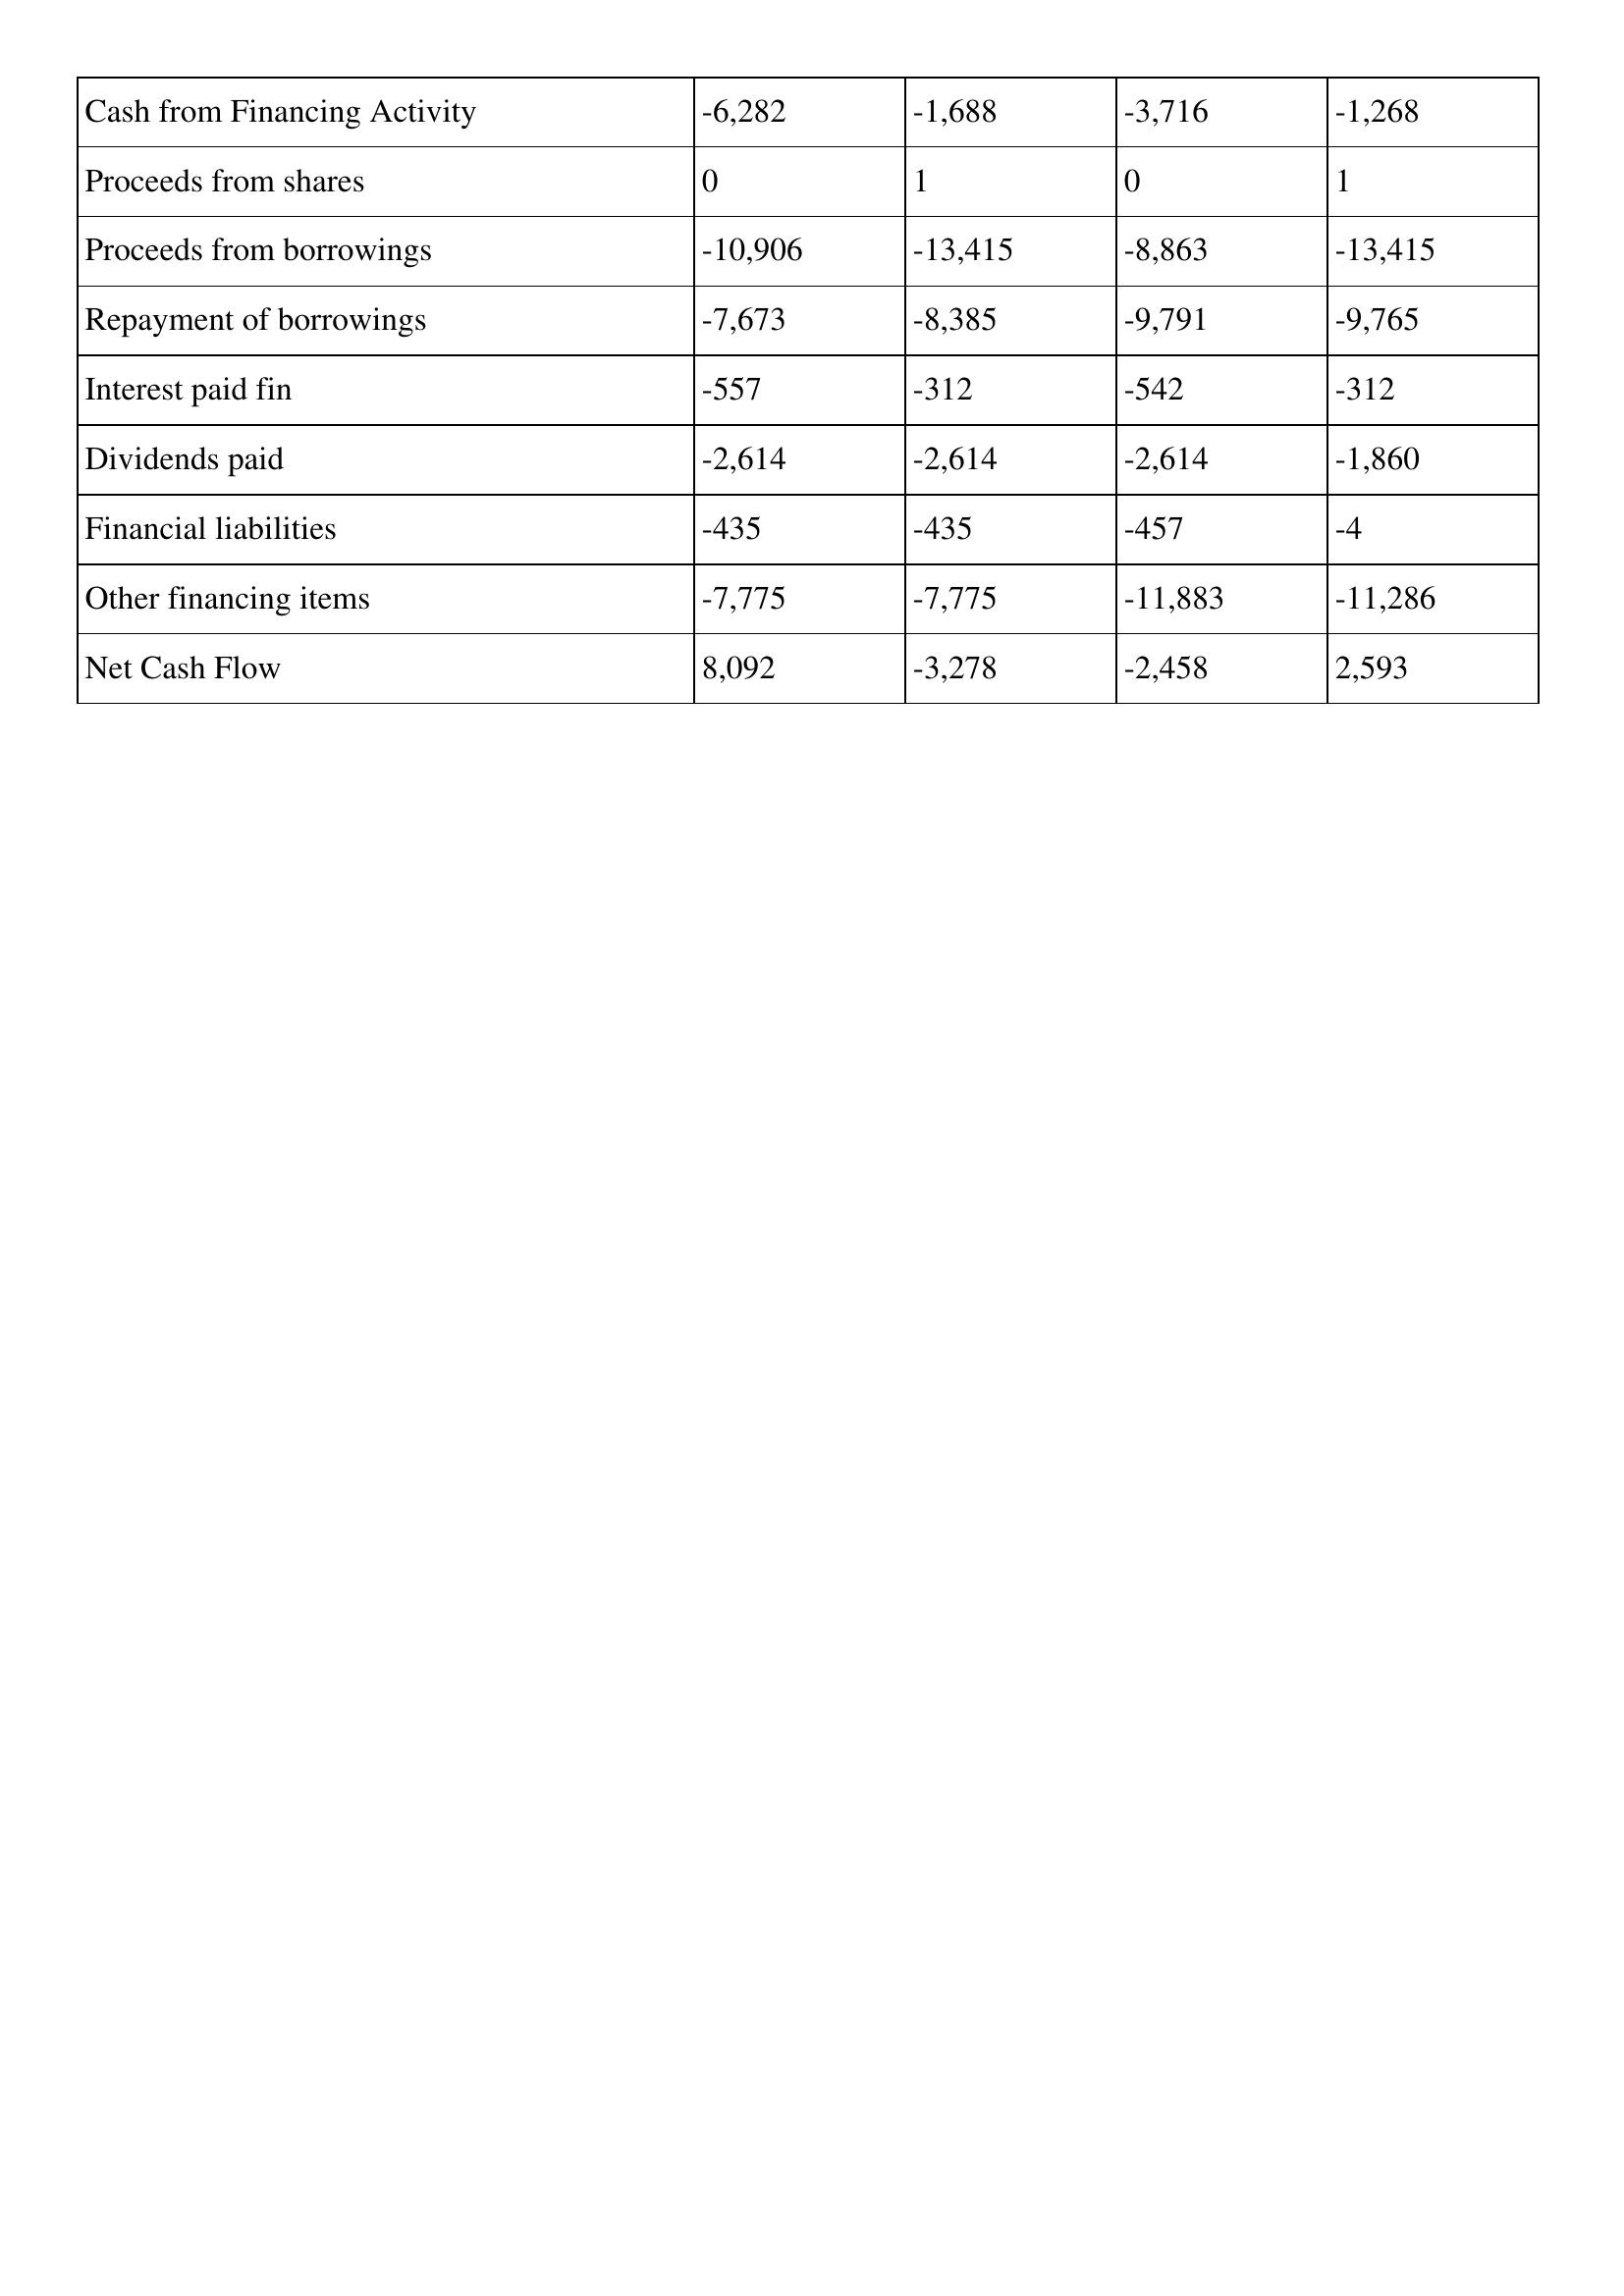
gt_parse: 1993: Cash Flows: Cash from Financing Activity: -6,282
Proceeds from shares: 0
Proceeds from borrowings: -10,906
Repayment of borrowings: -7,673
Interest paid fin: -557
Dividends paid: -2,614
Financial liabilities: -435
Other financing items: -7,775
Net Cash Flow: 8,092
1992: Cash Flows: Cash from Financing Activity: -1,688
Proceeds from shares: 1
Proceeds from borrowings: -13,415
Repayment of borrowings: -8,385
Interest paid fin: -312
Dividends paid: -2,614
Financial liabilities: -435
Other financing items: -7,775
Net Cash Flow: -3,278
1991: Cash Flows: Cash from Financing Activity: -3,716
Proceeds from shares: 0
Proceeds from borrowings: -8,863
Repayment of borrowings: -9,791
Interest paid fin: -542
Dividends paid: -2,614
Financial liabilities: -457
Other financing items: -11,883
Net Cash Flow: -2,458
1990: Cash Flows: Cash from Financing Activity: -1,268
Proceeds from shares: 1
Proceeds from borrowings: -13,415
Repayment of borrowings: -9,765
Interest paid fin: -312
Dividends paid: -1,860
Financial liabilities: -4
Other financing items: -11,286
Net Cash Flow: 2,593